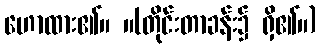
ဟောထား၏။ ။(တိုင်းတာခန်း၌ ရှိ၏။)